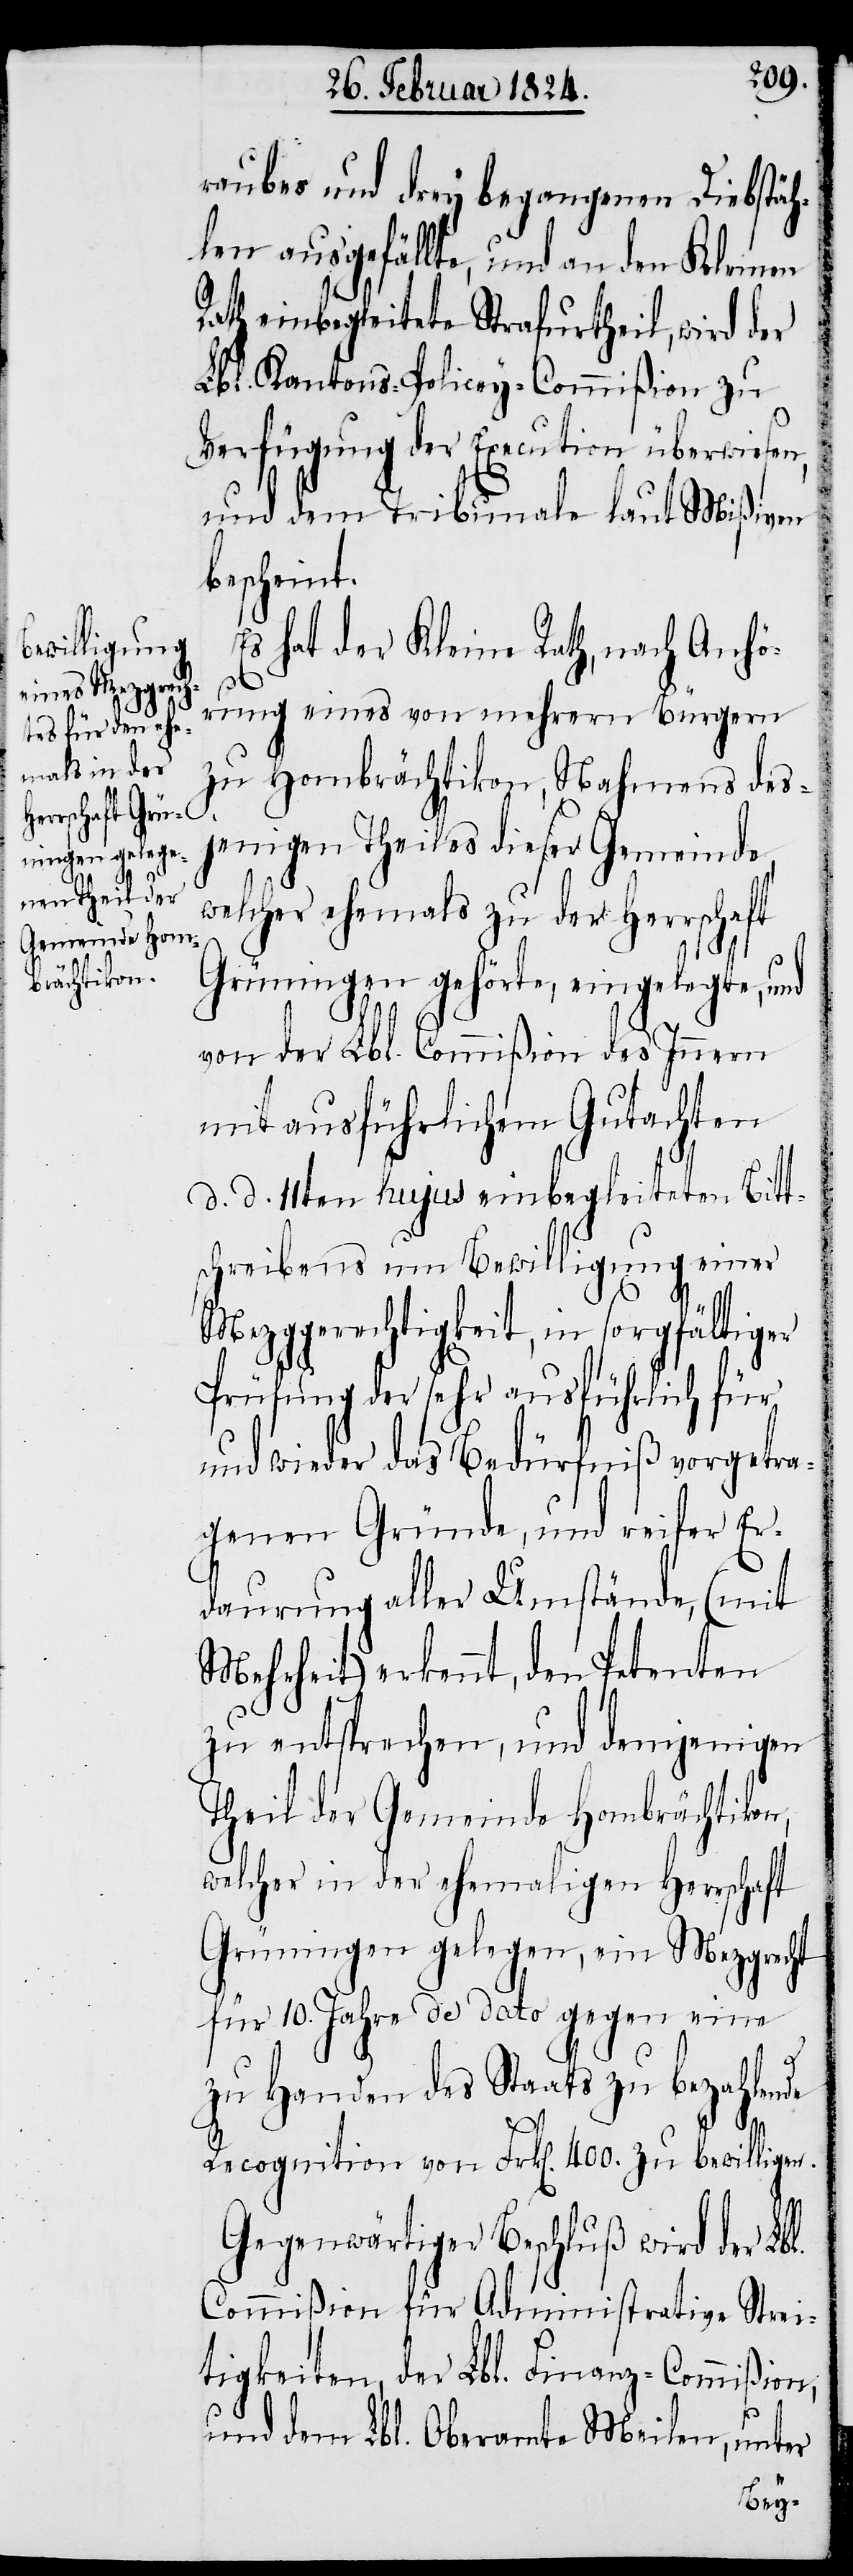
raubes und drey begangenen Diebstäh¬
len ausgefällte, und an den Kleinen
Rath einbegleitete Strafurtheil, wird der
Lbl. Kantons-Policey-Commißion zu
Verfügung der Execution überwiesen,
und dem Tribunale laut Mißiven
bescheint.
Es hat der Kleine Rath, nach Anhö¬
rung eines von mehrern Bürgern
zu Hombrächtikon, Nahmens des¬
jenigen Theiles dieser Gemeinde
welcher ehemals zu der Herrschaft
Grüningen gehörte, eingelegte, und
von der Lbl. Commißion des Innern
mit ausführlichem Gutachten
d. d. 11ten hujus einbegleiteten Bitt¬
schreibens um Bewilligung einer
Mezggerechtigkeit, in sorgfältiger
Prüfung der sehr ausführlich für
und wieder das Bedürfniß vorgetra¬
genen Gründe, und reifer Er¬
daurung aller Umstände, (mit
Mehrheit) erkennt, den Petenten
zu entsprechen, und denjenigen
Theil der Gemeinde Hombrächtikon,
welcher in der ehemaligen Herrschaft
Grüningen gelegen, ein Mezgrecht
für 10. Jahre de dato gegen eine
zu Handen Staats zu bezahlen¬
l.
Recognition von Frk[en]. 400. zu bewilligen.
Gegenwärtiger Beschluß wird der Lb¬
Commißion für Administrative Strei¬
tigkeiten, der Lbl. Finanz-Commißion,
und dem Lbl. Oberamte Meilen, unter